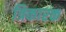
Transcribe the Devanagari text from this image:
त्रिकारक